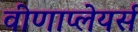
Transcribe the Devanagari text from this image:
वीणाप्लेयर्स